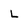
Character: L